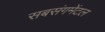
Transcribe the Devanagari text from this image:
सबसंगमेंटल